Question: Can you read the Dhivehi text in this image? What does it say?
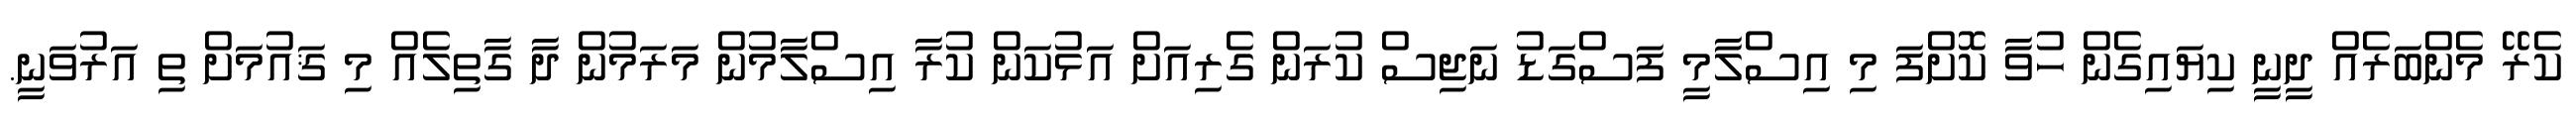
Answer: ކެރޭ މެންބަރެއް ދީނީ ކިޔައިގެން ހުވާ ކޮށްފަ މި އިސްލާމީ ފަސްގަޑު ނަޖިސް ކުރަން ގެރިއަށް އަޅުކަން ކުރާ އިސްލާމުން މަރަމުން ދާ ގާތިލެއް މި ޤައުމަށް ތި އަރުވަނީ.